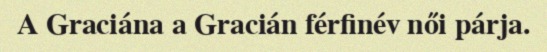
A Graciána a Gracián férfinév női párja.